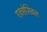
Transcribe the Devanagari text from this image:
एक्सेसिबल